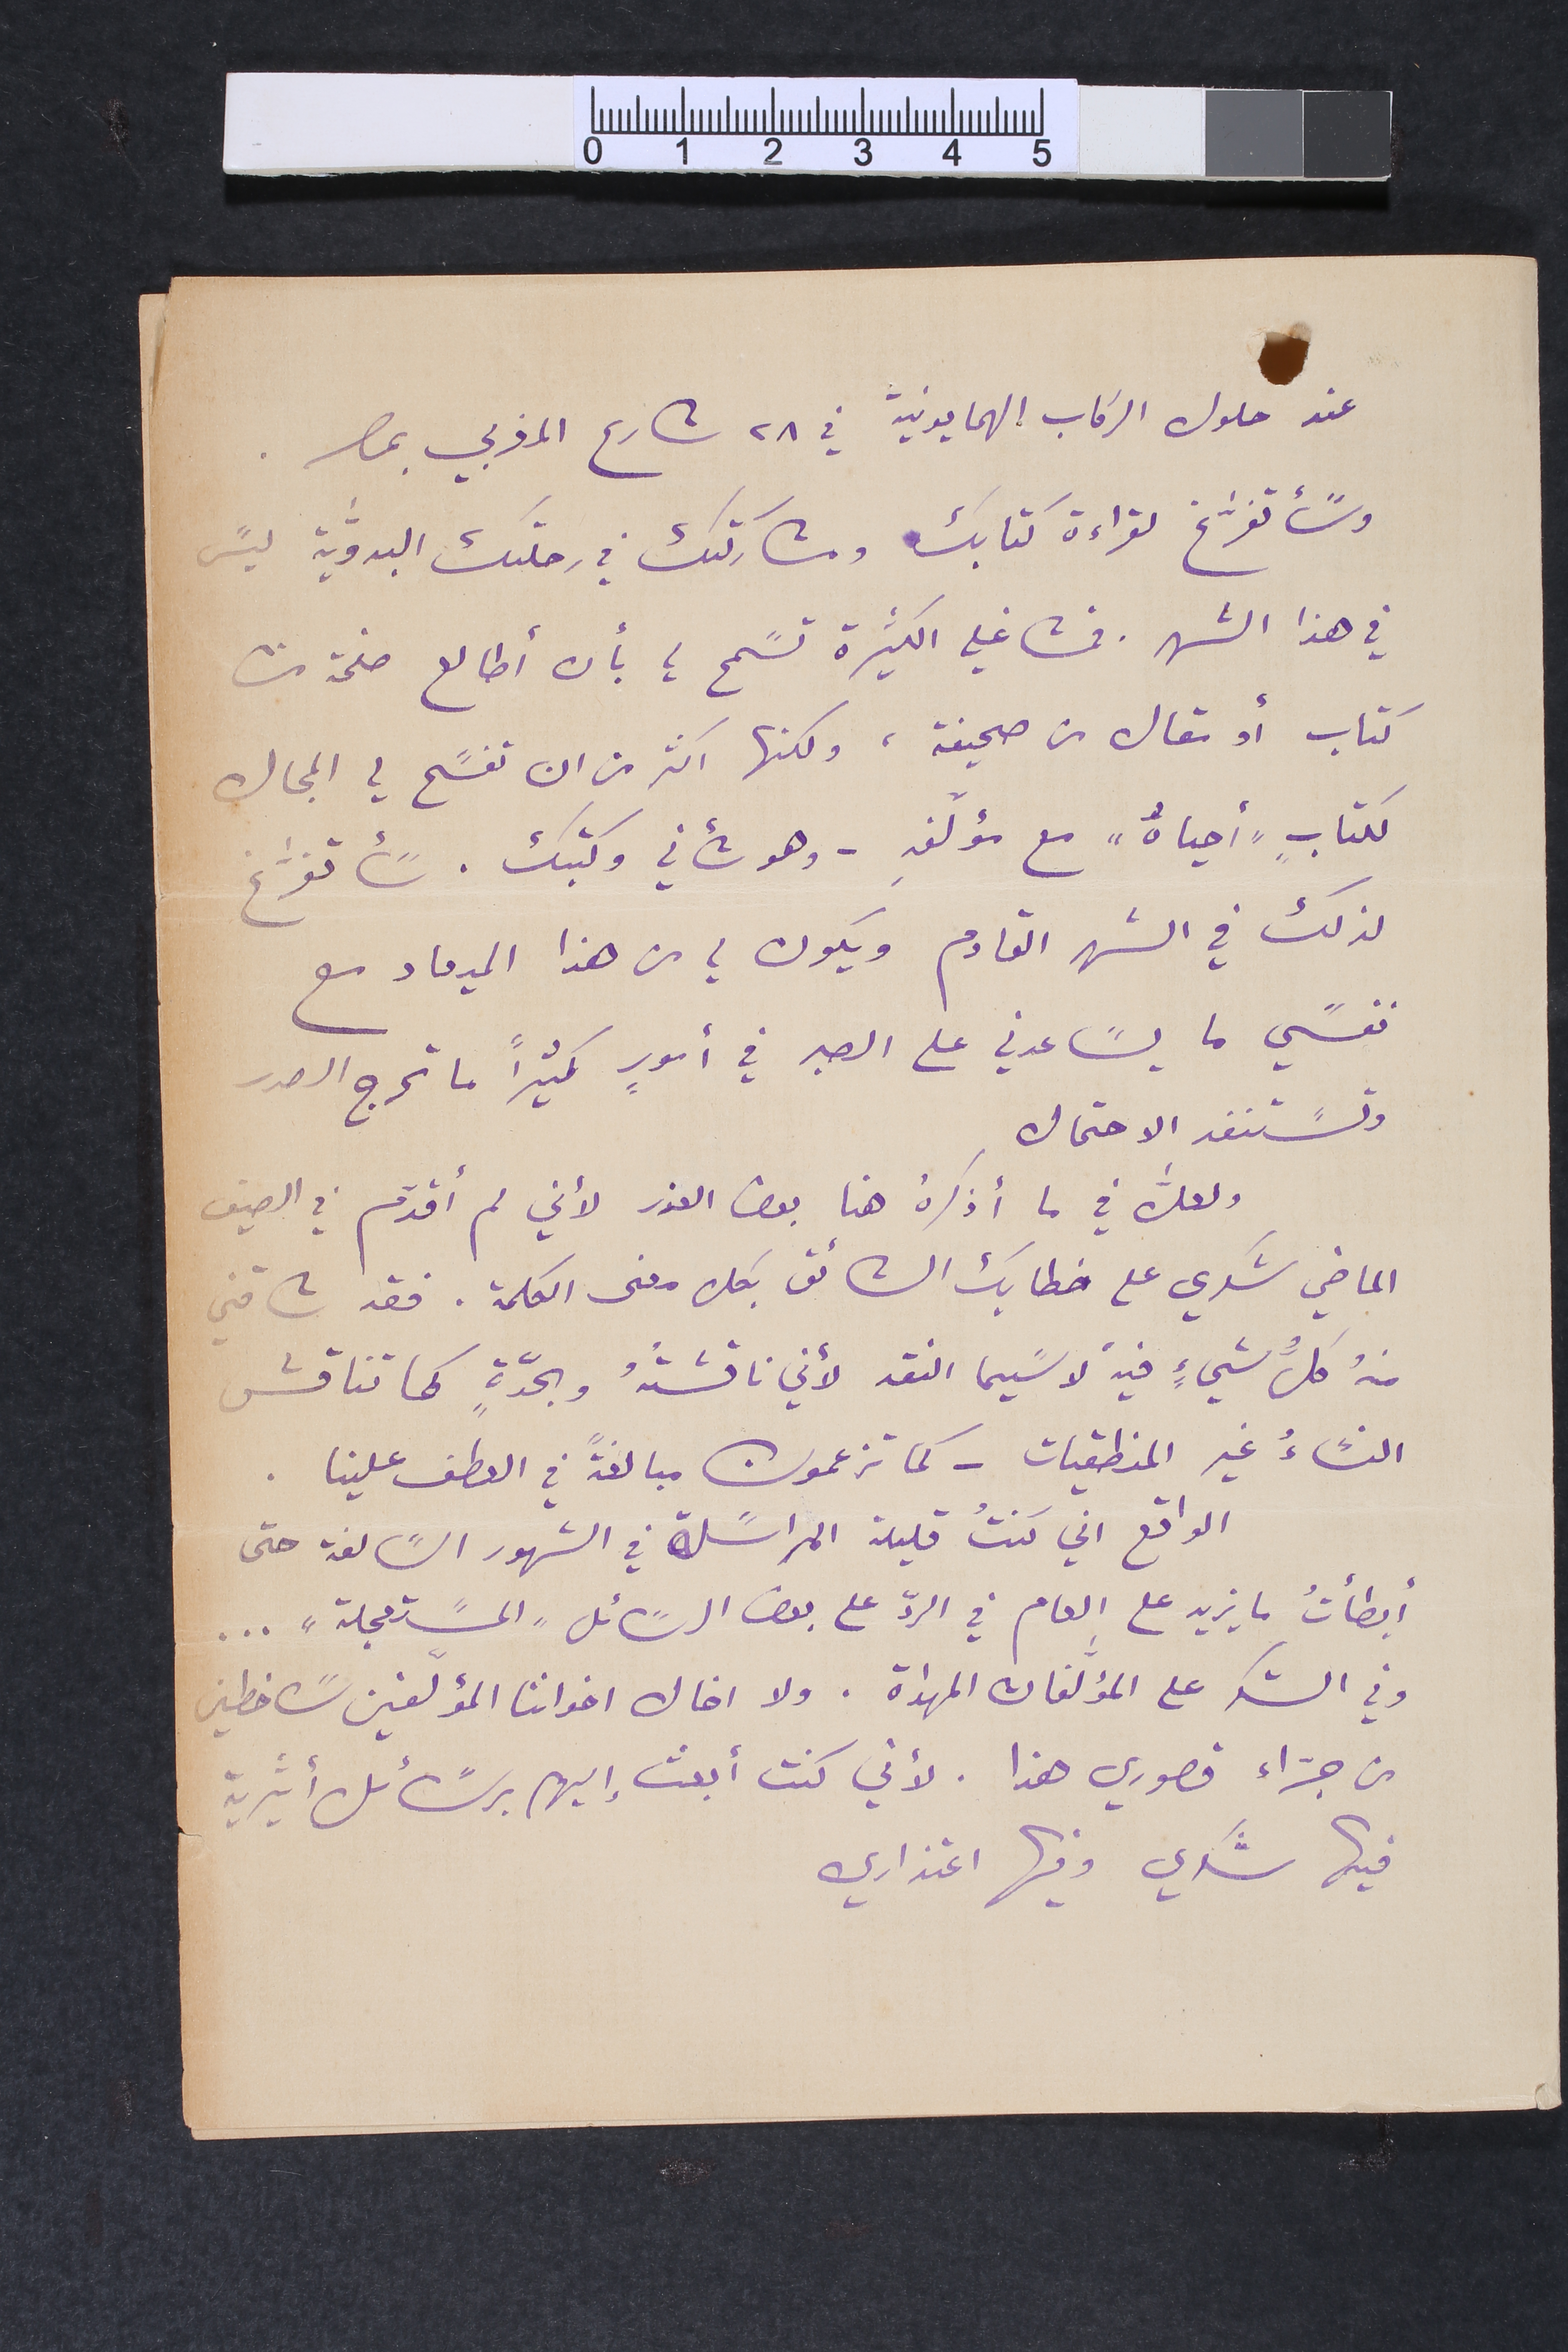
عند حلول الركاب الهمايونية في ٢٨ شارع المغربي بمصر.
وسًأتفرّغ لقراءة كتابك ومشاركتك في رحلتك البدوّية ليسً
في هذا الشهر. فمشاغلي الكثيرة تسًمح لي بأن أطالع صفحة من
كتاب أو مقال من صحيفة، ولكنها اكثر من ان تفسًح لي المجال
لكتابٍ "أحياهُ" مع مؤلَفهِ – وهو شأني وكتبك. سًأتفرّغ
لذلك في الشهر القادم ويكون لي من هذا الميعاد مع
نفسًي ما يسًاعدني على الصبر في أمورٍ كثيراً ما تحرج الصدر
وتسًتنفد الاحتمال
ولعل ﱣفي ما أذكرهُ هنا بعض العذر لأني لم أقدّم في الصيف
الماضي شكري على خطابك الشائق بكل معنى الكلمة. فقد شاقني
منهُ كلُّ شيءٍ فيهْ لا سًيما النقد لأني ناقشتُهُ وبحدَّةٍ كما تناقش
النسًاءُ غير المنطقيات – كما تزعمون مبالغةً في العطف علينا.
الواقع اني كنتُ قليلة المراسًلة في الشهور السًالفة حتى
أبطأتُ ما يزيد على العام في الردّ على بعض الرسًائل "المسًتعجلة" ...
وفي الشكر على المؤلّفات المهداة. ولا اخال اخواننا المؤلّفين سًاخطين
من جرّاء قصوري هذا. لأني كنت أبعث إليهم برسًائل أثيرية
فيها شكري وفيها اعتذاري